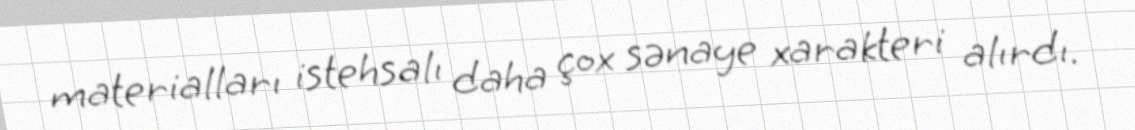
materialları istehsalı daha çox sənaye xarakteri alırdı.